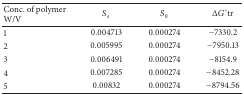
| Conc. of polymer W/V | Ss | S0 | ΔG°tr |
 | --- | --- | --- | --- |
 | 1 | 0.004713 | 0.000274 | −7330.2 |
 | 2 | 0.005995 | 0.000274 | −7950.13 |
 | 3 | 0.006491 | 0.000274 | −8154.9 |
 | 4 | 0.007285 | 0.000274 | −8452.28 |
 | 5 | 0.00832 | 0.000274 | −8794.56 |